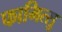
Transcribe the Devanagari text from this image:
फामित्सु